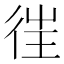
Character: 𢓸